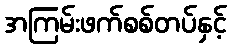
အကြမ်းဖက်စစ်တပ်နှင့်